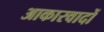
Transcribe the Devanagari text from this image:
आकारवादों